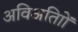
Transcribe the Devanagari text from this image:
अविअतािों